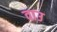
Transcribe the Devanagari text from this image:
वाउ